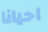
احيانا